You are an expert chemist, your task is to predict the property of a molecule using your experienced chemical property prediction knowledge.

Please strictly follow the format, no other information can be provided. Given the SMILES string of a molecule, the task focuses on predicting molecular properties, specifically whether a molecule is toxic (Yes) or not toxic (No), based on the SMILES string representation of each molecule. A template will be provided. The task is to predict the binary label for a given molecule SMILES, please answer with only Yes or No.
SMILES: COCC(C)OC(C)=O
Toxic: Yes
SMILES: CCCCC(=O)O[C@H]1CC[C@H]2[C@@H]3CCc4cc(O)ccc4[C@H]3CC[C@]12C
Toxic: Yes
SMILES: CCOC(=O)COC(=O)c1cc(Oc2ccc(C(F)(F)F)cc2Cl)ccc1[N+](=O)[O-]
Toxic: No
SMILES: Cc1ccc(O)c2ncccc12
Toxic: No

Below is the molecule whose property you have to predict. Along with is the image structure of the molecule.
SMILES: C1=CCC(c2ccccc2)CC1
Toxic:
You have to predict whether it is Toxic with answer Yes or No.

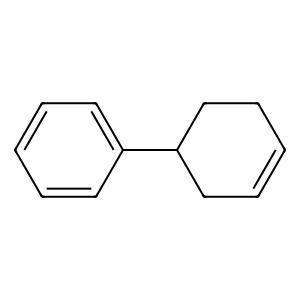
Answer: No